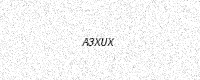
Text: A3XUX